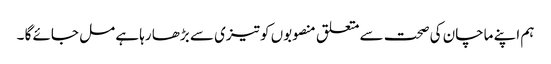
ہم اپنے ماچان کی صحت سے متعلق منصوبوں کو تیزی سے بڑھا رہا ہے مل جائے گا ۔